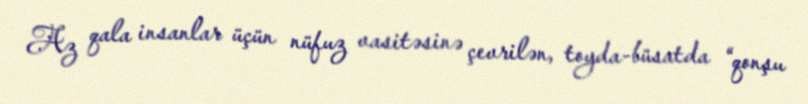
Az qala insanlar üçün nüfuz vasitəsinə çevrilən, toyda-büsatda “qonşu